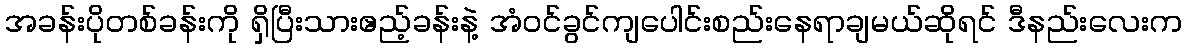
အခန်းပိုတစ်ခန်းကို ရှိပြီးသားဧည့်ခန်းနဲ့ အံဝင်ခွင်ကျပေါင်းစည်းနေရာချမယ်ဆိုရင် ဒီနည်းလေးက